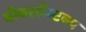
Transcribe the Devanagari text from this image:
बोबरलेम्टक्प